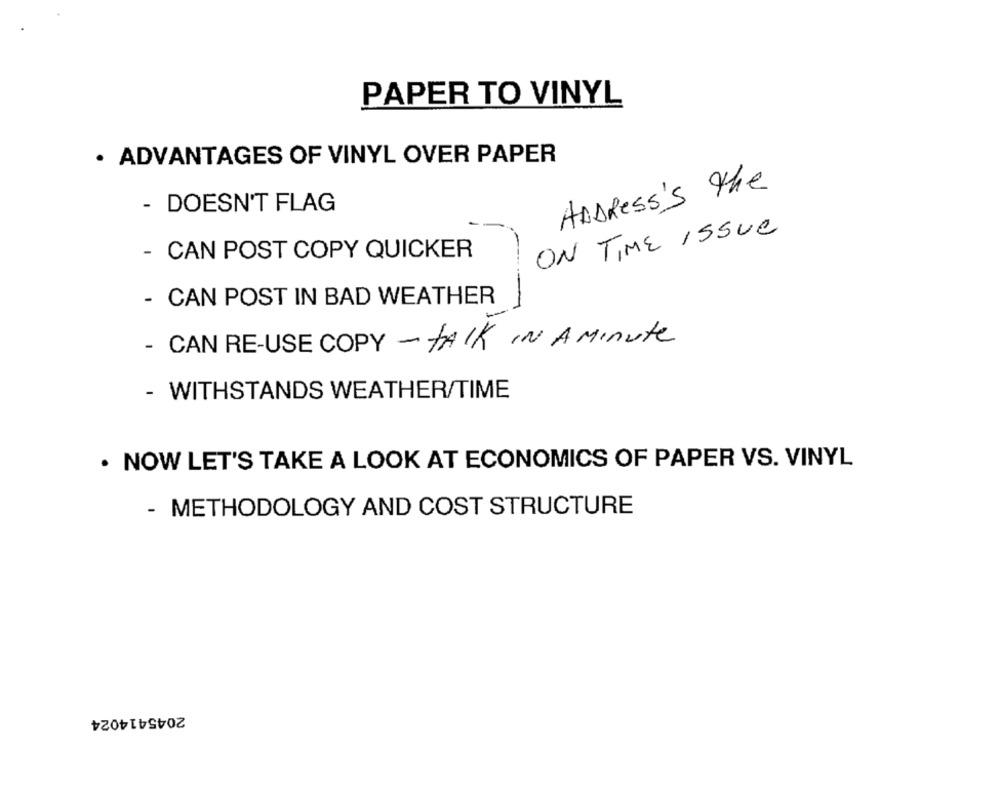
PAPER TO VINYL
· ADVANTAGES OF VINYL OVER PAPER
ADDRESS's The
- DOESN'T FLAG
ON TIME ISSUE
- CAN POST COPY QUICKER
- CAN POST IN BAD WEATHER
- CAN RE-USE COPY -TALK IN A Minute
- WITHSTANDS WEATHER/TIME
· NOW LET'S TAKE A LOOK AT ECONOMICS OF PAPER VS. VINYL
- METHODOLOGY AND COST STRUCTURE
2045414024